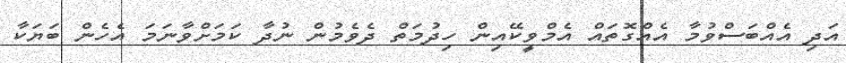
އަދި އެއްބަސްވުމާ އެއްގޮތައް އެމްވީކޭއިން ހިދުމަތް ދެވެމުން ނުދާ ކަމަށްވާނަމަ އެހެން ބަޔަކާ